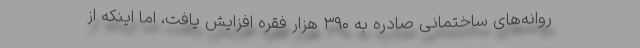
روانه‌های ساختمانی صادره به ۳۹۰ هزار فقره افزایش یافت، اما اینکه از